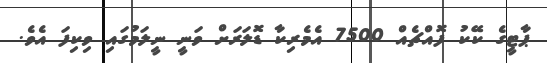
ޕާޓީގެ ކޭކު ފޮއްޗެއް 7500 އެމެރިކާ ޑޮލަރަށް ވަނީ ނީލަމުގައި ވިކިފަ އެވެ.